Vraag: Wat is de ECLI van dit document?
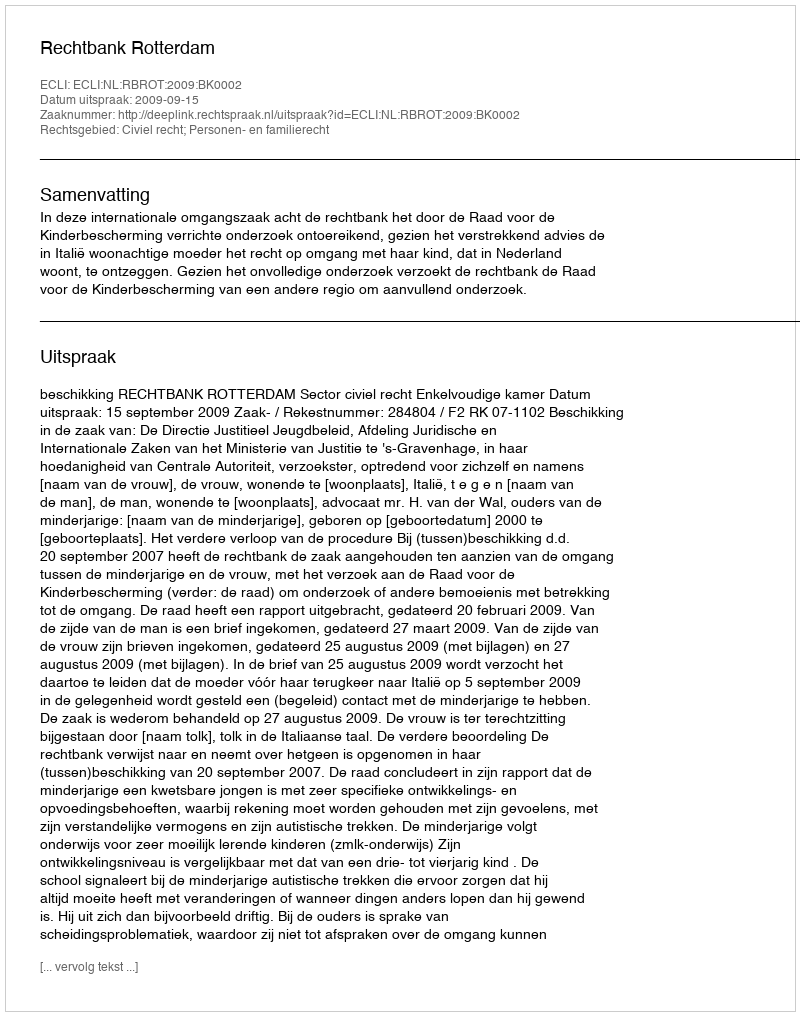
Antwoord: ECLI:NL:RBROT:2009:BK0002